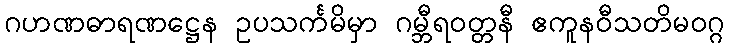
ဂဟဏဓာရဏဋ္ဌေန ဥပသင်္ကမိမှာ ဂမ္ဘီရဝတ္တနီ ဧကူနဝီသတိမဝဂ္ဂ